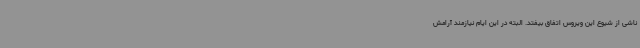
ناشی از شیوع این ویروس اتفاق بیفتد. البته در این ایام نیازمند آرامش